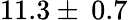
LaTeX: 11.3\pm\: 0.7